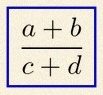
\frac{a+b}{c+d}